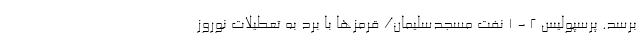
برسد. پرسپولیس 2 - 1 نفت مسجدسلیمان/ قرمزها با برد به تعطیلات نوروز